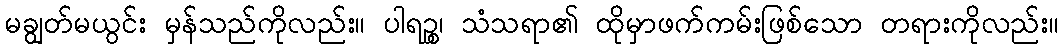
မချွတ်မယွင်း မှန်သည်ကိုလည်း။ ပါရဉ္စ၊ သံသရာ၏ ထိုမှာဖက်ကမ်းဖြစ်သော တရားကိုလည်း။